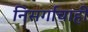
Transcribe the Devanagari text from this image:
निसर्गाचाही